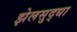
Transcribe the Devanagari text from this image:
झेलसुद्धा